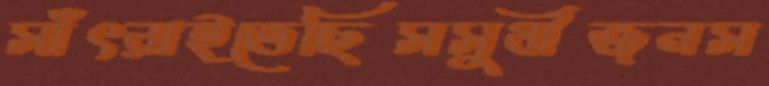
সাঁৎরাইতেছিসসুধীজনস